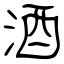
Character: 酒